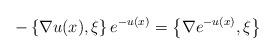
LaTeX: \begin{align*}- \left\{ \nabla u(x), \xi\right\} e^{-u(x)} =\left\{ \nabla e^{-u(x)}, \xi\right\}\end{align*}